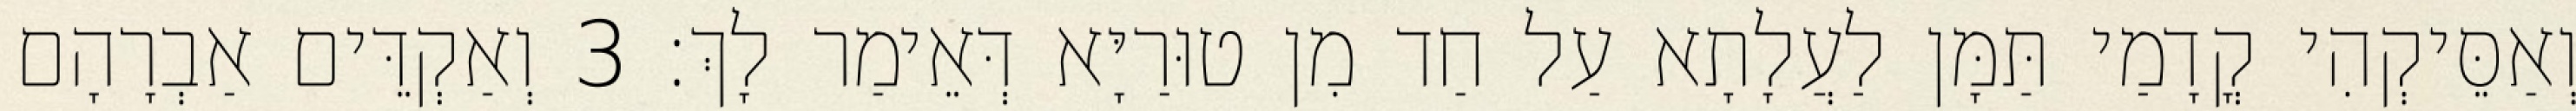
וְאַסֵּיקְהִי קֳדָמַי תַּמָּן לַעֲלָתָא עַל חַד מִן טוּרַיָּא דְּאֵימַר לָךְ׃ 3 וְאַקְדֵּים אַבְרָהָם